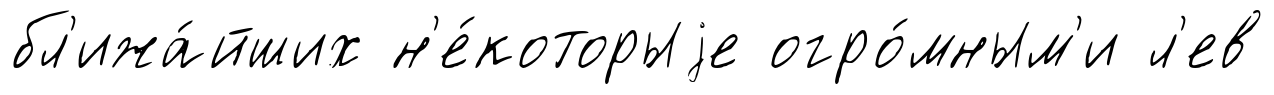
бл'ижа́йших н'е́которыjе огро́мным'и л'ев